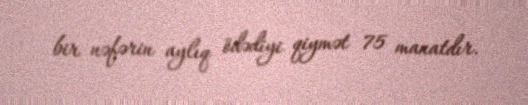
bir nəfərin aylıq ödədiyi qiymət 75 manatdır.